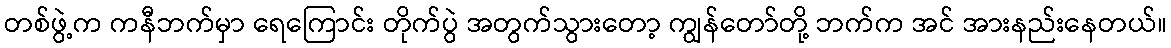
တစ်ဖွဲ့က ကနီဘက်မှာ ရေကြောင်း တိုက်ပွဲ အတွက်သွားတော့ ကျွန်တော်တို့ ဘက်က အင် အားနည်းနေတယ်။